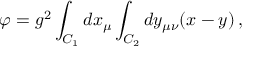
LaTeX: \varphi = g ^ { 2 } \int _ { C _ { 1 } } d x _ { \mu } \int _ { C _ { 2 } } d y _ { \mu \nu } ( x - y ) \, ,